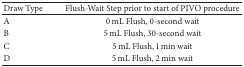
| Draw Type | Flush-Wait Step prior to start of PIVO procedure |
 | --- | --- |
 | A | 0 mL Flush, 0-second wait |
 | B | 5 mL Flush, 30-second wait |
 | C | 5 mL Flush, 1 min wait |
 | D | 5 mL Flush, 2 min wait |